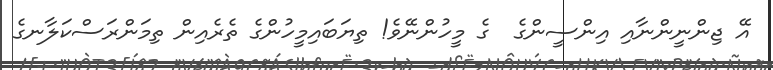
އޭ ޖިންނީންނާއި އިންސީންގެ  ގެ މީހުންނޭވެ! ތިޔަބައިމީހުންގެ ތެރެއިން ތިމަންރަސްކަލާނގެ